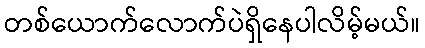
တစ်ယောက်လောက်ပဲရှိနေပါလိမ့်မယ်။